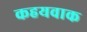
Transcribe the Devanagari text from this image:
कहयवाक